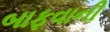
બાફવાની